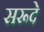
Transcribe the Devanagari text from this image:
सरूदे